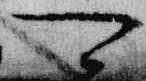
可